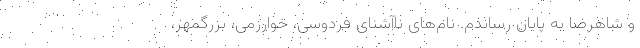
و شاهرضا به پایان رساندم. نام‌های ناآشنای فردوسی، خوارزمی، بزرگمهر،